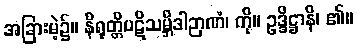
အခြားမဲ့၌။ နိရုတ္တိပဋိသမ္ဘိဒါဉာဏံ၊ ကို။ ဥဒ္ဒိဋ္ဌာနိ၊ ၏။